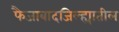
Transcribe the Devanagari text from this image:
फैजाबादजिल्ह्यातील